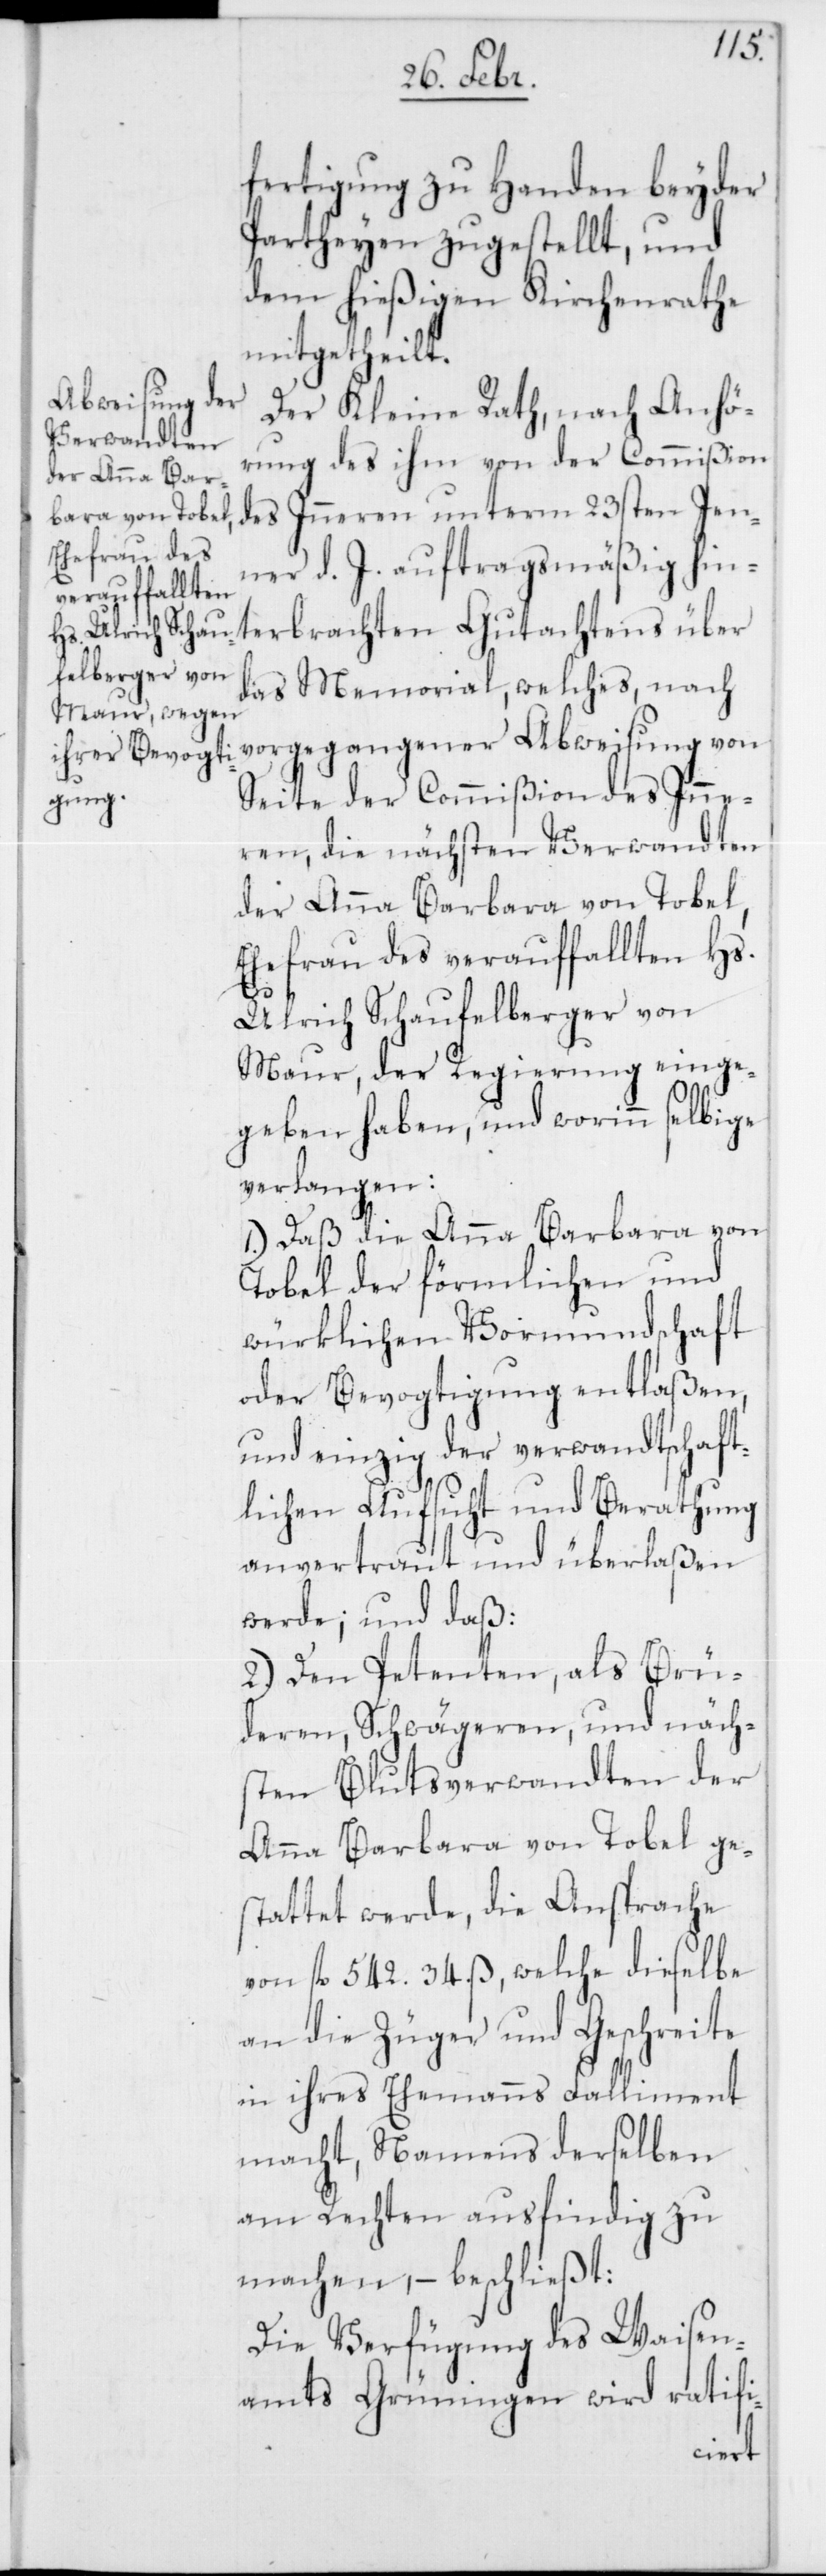
fertigung zu Handen beyder
Partheyen zugestellt, und
dem hießigen Kirchenrathe
mitgetheilt.
Der Kleine Rath, nach Anhö¬
rung des ihm von der Commißion
des Inneren unterm 23sten Jen¬
ner d. J. auftragsmäßig hin¬
terbrachten Gutachtens über
das Memorial, welches nach
vorgegangener Abweisung von
Seite der Commißion des Inne¬
ren, die nächsten Verwandten
der Anna Barbara von Tobel,
Ehefrau des verauffallten Hs.
Ulrich Schaufelberger von
Maur, der Regierung einge¬
geben haben, und worinn selbige
verlangen:
1.) Daß die Anna Barbara von
Tobel der förmlichen und
würklichen Vormundschaft
oder Bevogtigung entlaßen,
und einzig der verwandtschaft¬
lichen Aufsicht und Berathung
anvertraut und überlaßen
werde; und daß
2.) Den Petenten, als Brü¬
deren, Schwägeren und näch¬
sten Blutsverwandten der
Anna Barbara von Tobel ge¬
stattet werde, die Ansprache
von fl. 542. 34. ß, welche dieselbe
an die Züger und Geschreite
in ihres Ehemanns Falliment
macht, Namens derselben
am Rechten ausfindig zu
machen, – beschließt:
Die Verfügung des Waisen¬
amts Grüningen wird ratifi-